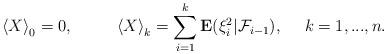
LaTeX: \begin{align*}\left\langle X\right\rangle _0=0,\ \ \ \ \ \ \ \ \left\langle X\right\rangle _k=\sum_{i=1}^k\mathbf{E}(\xi _i^2|\mathcal{F}_{i-1}),\ \ \ \ k=1,...,n.\end{align*}